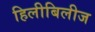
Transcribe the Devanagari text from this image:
हिलीबिलीज